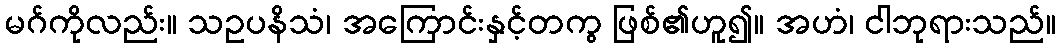
မဂ်ကိုလည်း။ သဥပနိသံ၊ အကြောင်းနှင့်တကွ ဖြစ်၏ဟူ၍။ အဟံ၊ ငါဘုရားသည်။